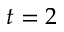
t = 2